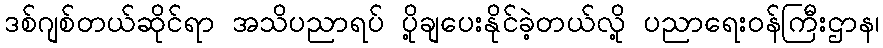
ဒစ်ဂျစ်တယ်ဆိုင်ရာ အသိပညာရပ် ပို့ချပေးနိုင်ခဲ့တယ်လို့ ပညာရေးဝန်ကြီးဌာန၊